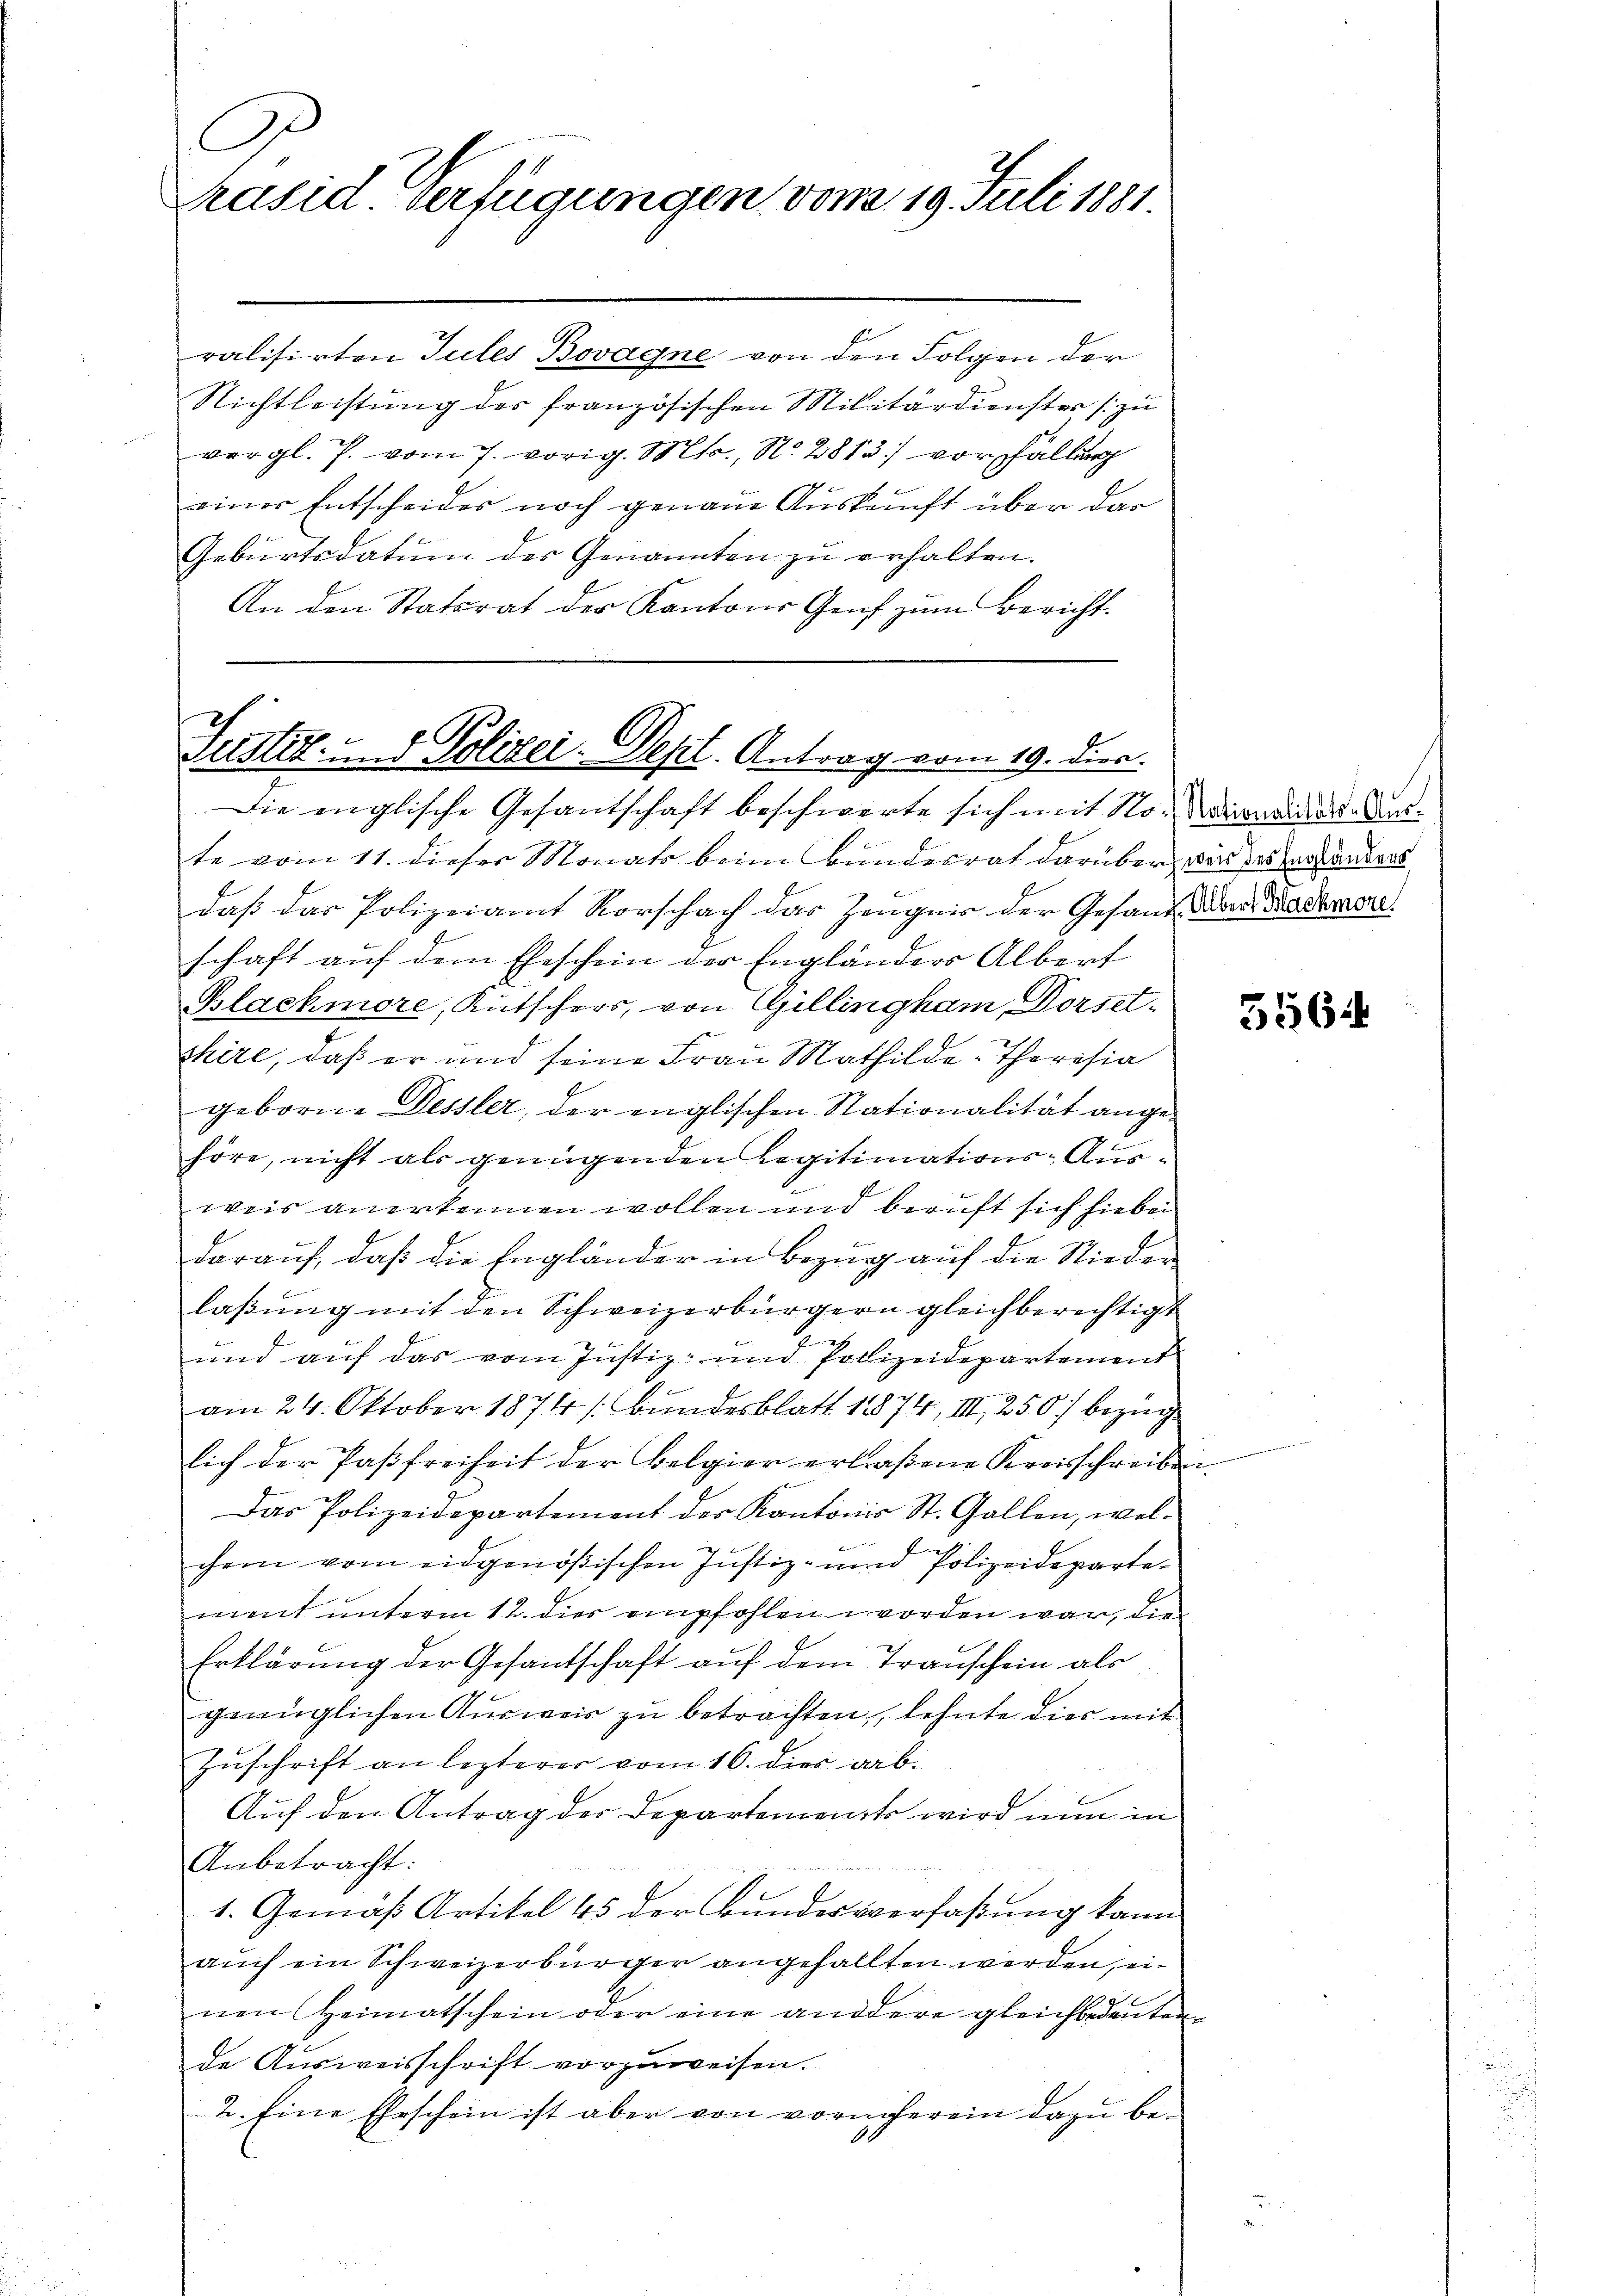
G
rasid Verfügungen vom 19. Juli 1881.

ralisirten Jules Bovagne von den Folgen der
Nichtleistung der französischen Militärdienster zu
vergl. J. vom 7. vorig. Mts., No. 2813 vor Fällung
4
einer Entscheides noch genaue Auskunft über das
Geburtsdatum des Genannten zu erhalten.
An den Statsrat der Kantons Genf zum Bericht.

Justiz- und Polizei. Sept. Antrag vom 19. dien.

Die englische Gesantschaft beschwerte sich mit No-ineinal-Antte vom 11. dieser Monats beim Bunderrat darüber wird des Herstanders
daß das Polizeiamt Vorschach das Zeugnis der Gesand der Madamere.
schaft auf dem Eheschein der Engländers Albert
Blackmore, Kutschers, von Gillingham Dorset-
shire, daß er und seine Frau Mathilde-Theresia
geborene Dessler, der englischen Stationalität angehöre, nicht als genügenden Legitimations-Ausweis anerkennen wollen und beruft sich hiebei
darauf, daß die Engländer in Bezug auf die Nieder
laßung mit den Schweizerbürgern gleichberechtigt
e
und auf das vom Justiz- und Polizeidepartement
am 24. Oktober 1874 (Bundesblatt 1874, III 250 bezug
lich der Pasfreiheit der Belgier erlaßene Kreisschreiben
Das Polizeidepartement des Kantonis St. Gallen, welchem vom eidgenößischen Justiz- und Polizeidepartement unterm 12. dies empfohlen worden war, die
Erklärung der Gesantschaft auf dem Trauschein als
genüglichen Ausweis zu betrachten, lehnte dies mit
Zuschrift an lezterer vom 16. dies ab.
Auf den Antrag der Departement wird nun in
Anbetracht:
1. Gemäß Artikel 45 der Bundesverfaßung kann
auch ein Schweizerbürger angefallten werden, einen Heimatschein oder eine andere gleichbedeuten
de Aŭsweisschrift vorzŭweisen.
2. Eine Eheschein ist aber von vornherein dazu be¬
.

556